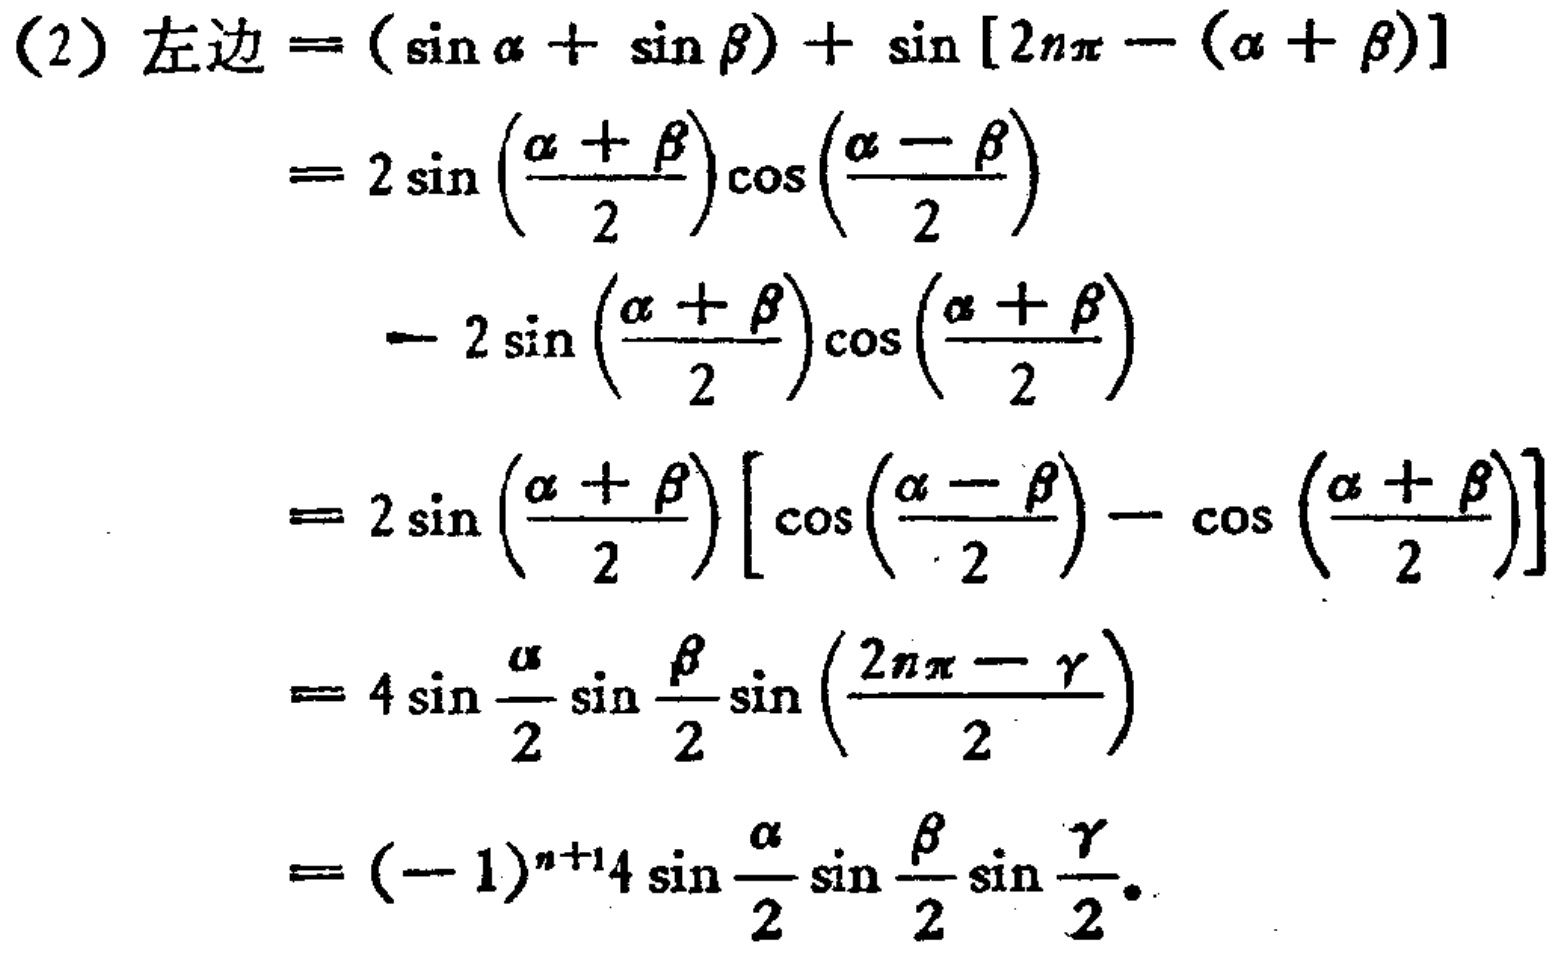
\[

\begin{align*}

\text{左边}&=(\sin\alpha + \sin\beta)+\sin[2n\pi - (\alpha + \beta)]\\

&=2\sin\left(\frac{\alpha + \beta}{2}\right)\cos\left(\frac{\alpha - \beta}{2}\right)\\

&\quad- 2\sin\left(\frac{\alpha + \beta}{2}\right)\cos\left(\frac{\alpha + \beta}{2}\right)\\

&=2\sin\left(\frac{\alpha + \beta}{2}\right)\left[\cos\left(\frac{\alpha - \beta}{2}\right)-\cos\left(\frac{\alpha + \beta}{2}\right)\right]\\

&=4\sin\frac{\alpha}{2}\sin\frac{\beta}{2}\sin\left(\frac{2n\pi - \gamma}{2}\right)\\

&=(-1)^{n + 1}4\sin\frac{\alpha}{2}\sin\frac{\beta}{2}\sin\frac{\gamma}{2}

\end{align*}

\]